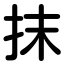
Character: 抹